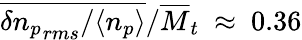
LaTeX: \overline{{\delta{n_{p}}_{rms}/\langle n_{p}\rangle}}/\overline{{M}}_{t}~\approx~0.36